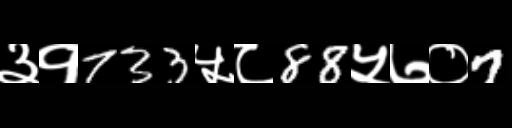
Text: ३१733५८88५७०7